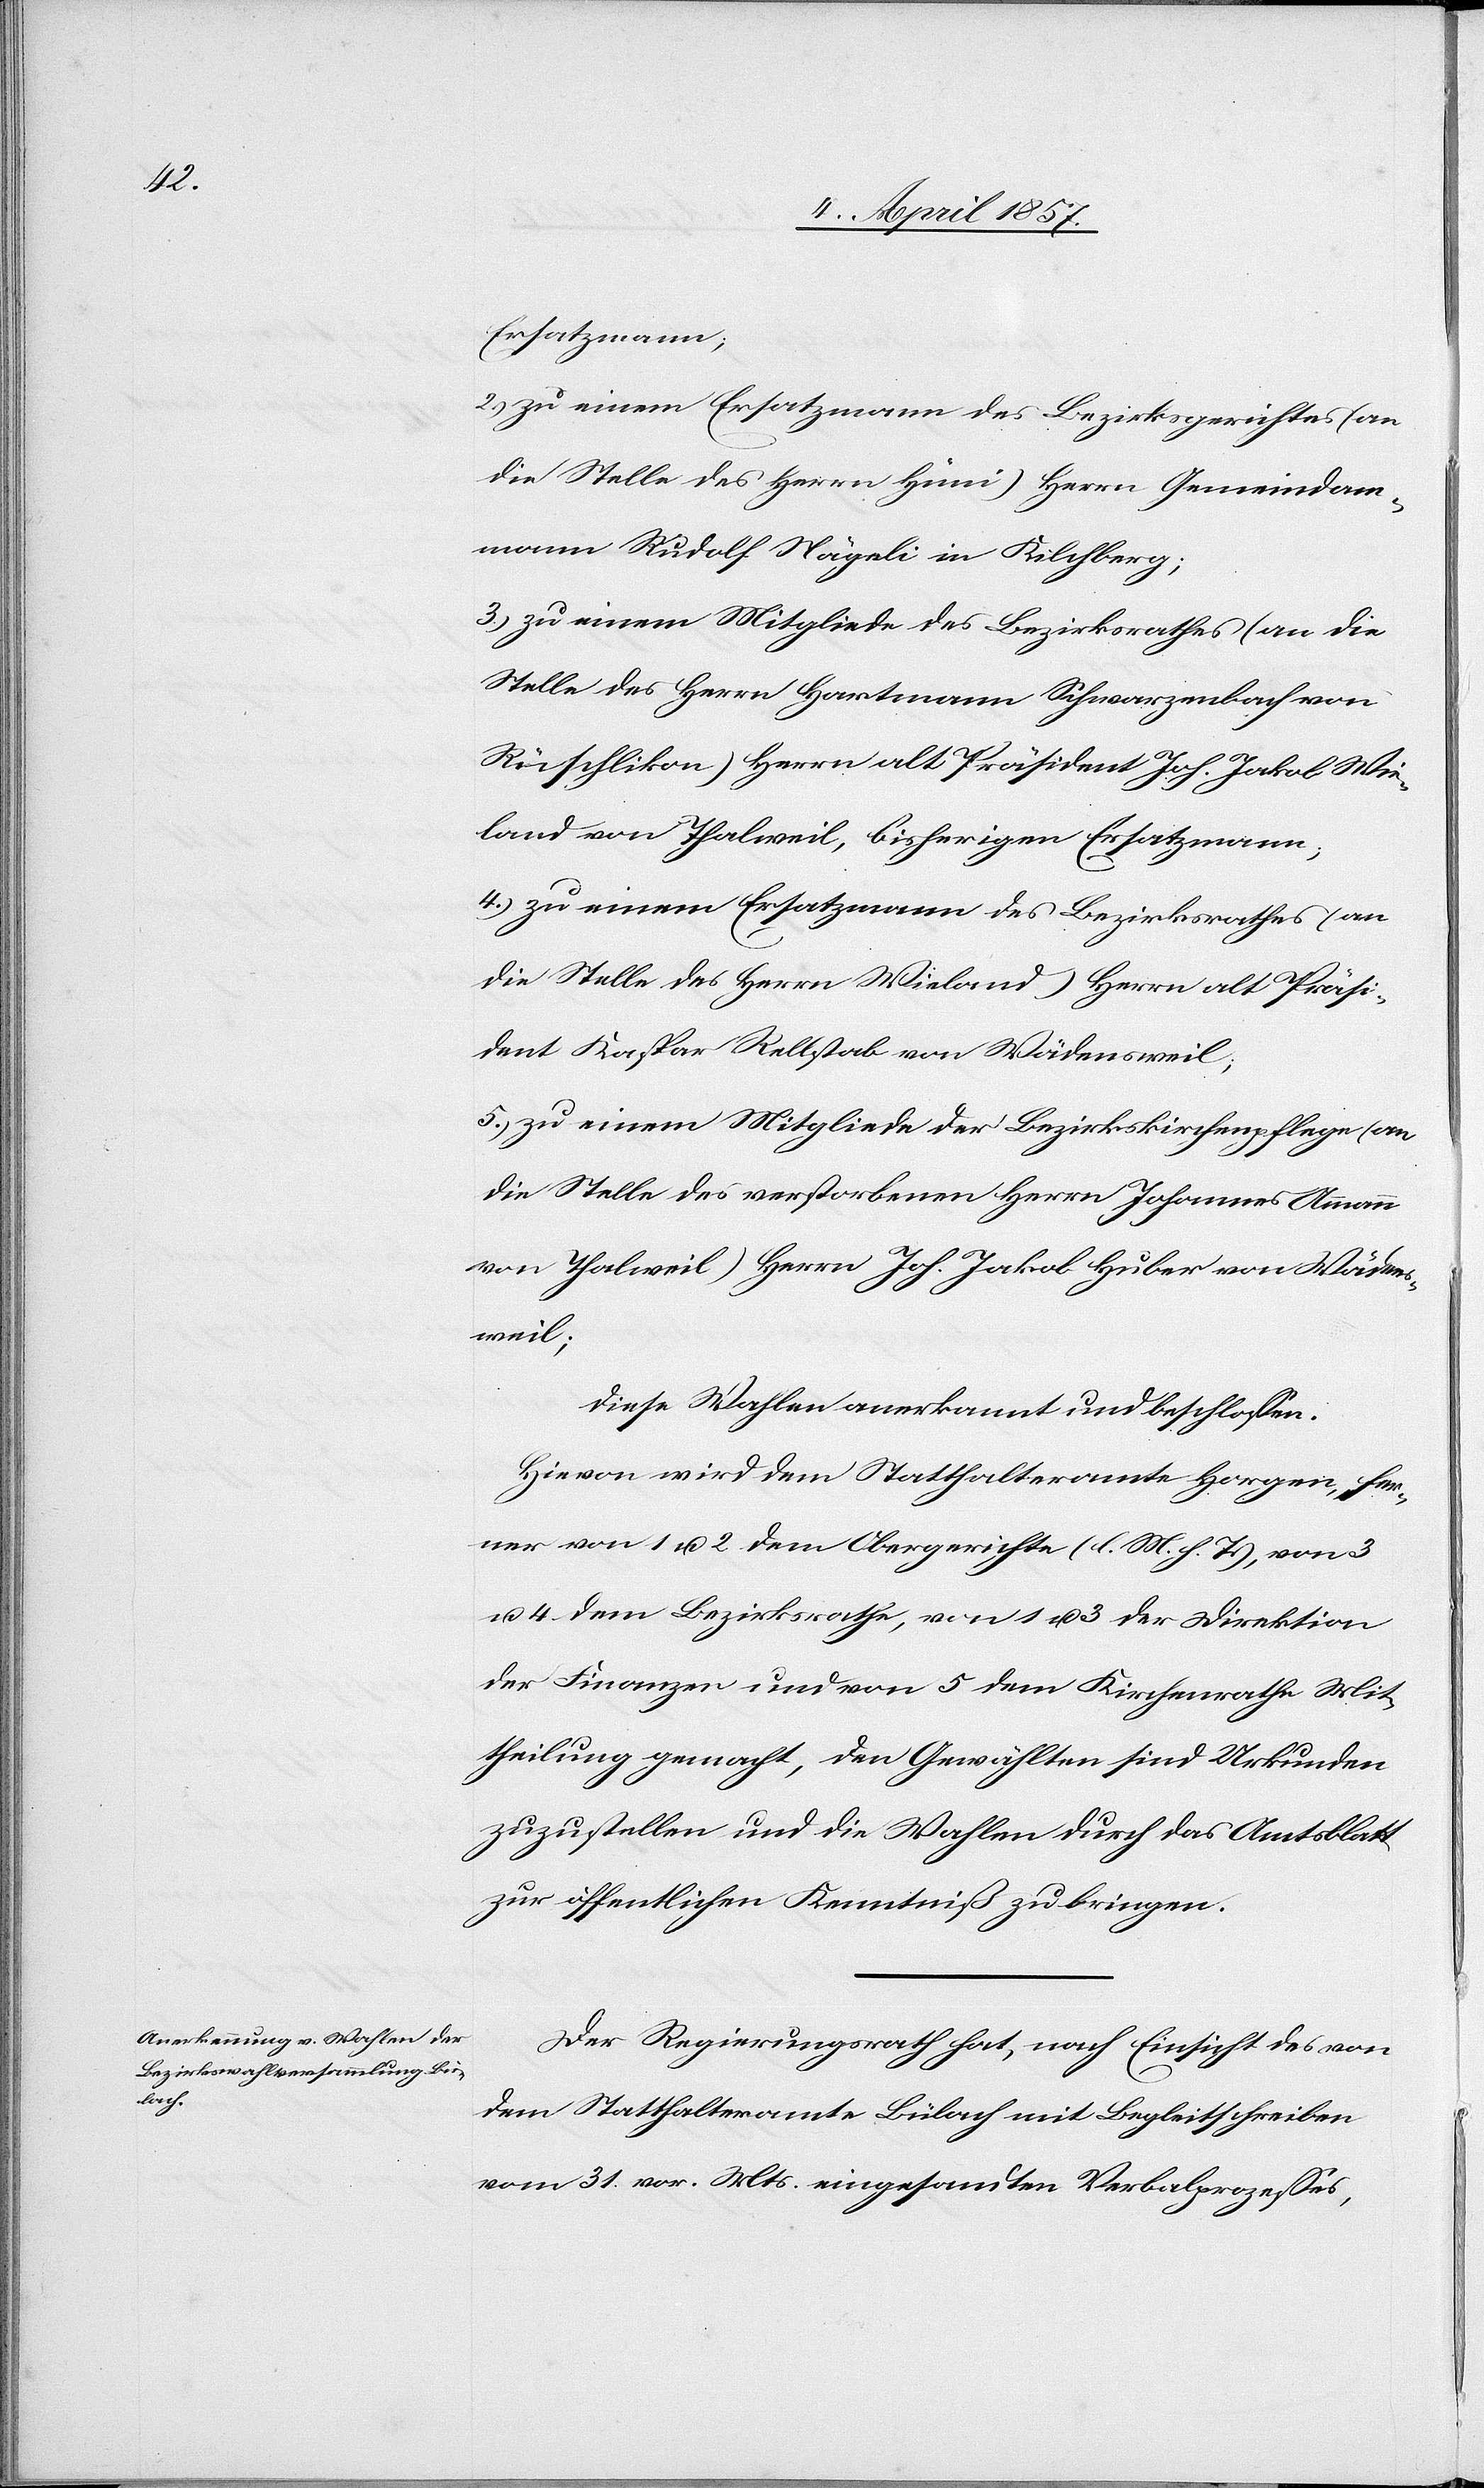
Ersatzmann;
2.) zu einem Ersatzmann des Bezirksgerichtes (an
die Stelle des Herrn Hüni) Herrn Gemeindam¬
mann Rudolf Nägeli in Kilchberg;
3.) zu einem Mitgliede des Bezirksrathes (an die
Stelle des Herrn Hartmann Schwarzenbach von
Rüschlikon) Herrn alt Präsident Joh. Jakob Wie¬
land von Thalweil, bisherigen Ersatzmann;
4.) zu einem Ersatzmann des Bezirksrathes (an
die Stelle des Herrn Wieland) Herrn alt Präsi¬
dent Kaspar Rellstab von Wädensweil;
5.) zu einem Mitgliede der Bezirkskirchenpflege (an
die Stelle des verstorbenen Herrn Johannes Ammann
von Thalweil) Herrn Joh. Jakob Huber von Wädens¬
weil;
diese Wahlen anerkannt und beschlossen:
Hievon wird dem Statthalteramte Horgen, fer¬
ner von 1 u. 2 dem Obergerichte (l. M. h. T.), von 3
u. 4 dem Bezirksrathe, von 1 u. 3 der Direktion
der Finanzen und von 5 dem Kirchenrathe Mit¬
theilung gemacht, den Gewählten sind Urkunden
zuzustellen und die Wahlen durch das Amtsblatt
zur öffentlichen Kenntniß zu bringen.
Der Regierungsrath hat, nach Einsicht des von
dem Statthalteramte Bülach mit Begleitschreiben
vom 31. vor. Mts. eingesandten Verbalprozesses,